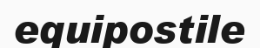
equipostile